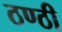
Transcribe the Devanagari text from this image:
ठण्ठी